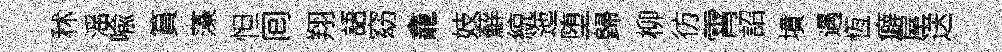
秫滛喩篔藻怛囘翔語窈龕妓蘚綂迤堕歸柳彷霄詔墳遇恆癖屋送